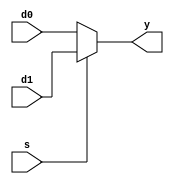

// Module MUX2 
//  Multiplexador 2x1, parametrizado p/ nro de bits - default = 8bits
// *teste: Waveform7

module MUX2 #(parameter WIDTH = 8)
             (input  wire [WIDTH-1:0] d0, 
				  input  wire [WIDTH-1:0] d1, 
              input  wire  s, 
              output wire [WIDTH-1:0] y);

  assign y = s ? d1 : d0; 
  
endmodule